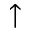
\uparrow